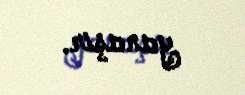
yanaşır.